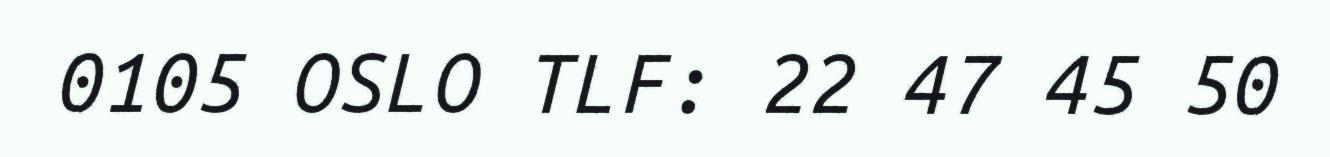
0105 OSLO TLF: 22 47 45 50